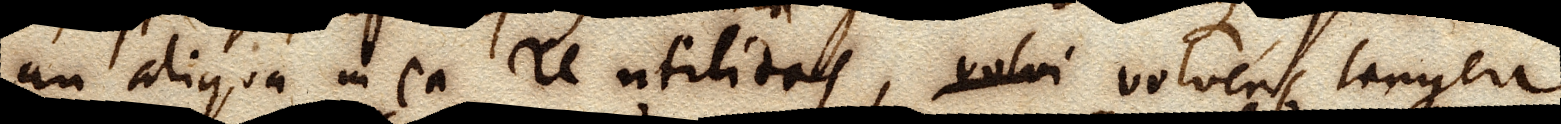
an aliqua in ea re utilitas, volvi volvens tangere